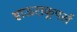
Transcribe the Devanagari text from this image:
हाऊसकूपर्स